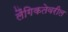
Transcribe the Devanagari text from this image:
लैंगिकतेवरील